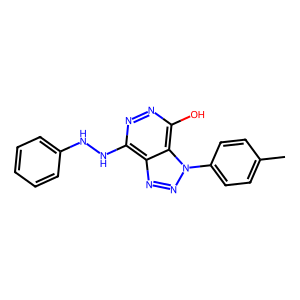
SMILES: Cc1ccc(-n2nnc3c(NNc4ccccc4)nnc(O)c32)cc1
Inhibits HIV replication: No